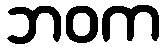
ဘဝက